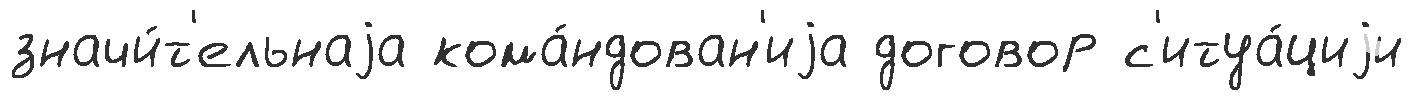
значи́т'ельнаjа кома́ндован'иjа договор с'итуа́циjи